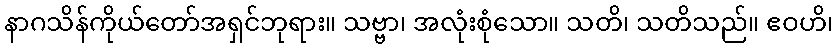
နာဂသိန်ကိုယ်တော်အရှင်ဘုရား။ သဗ္ဗာ၊ အလုံးစုံသော။ သတိ၊ သတိသည်။ ဧဝဟိ၊